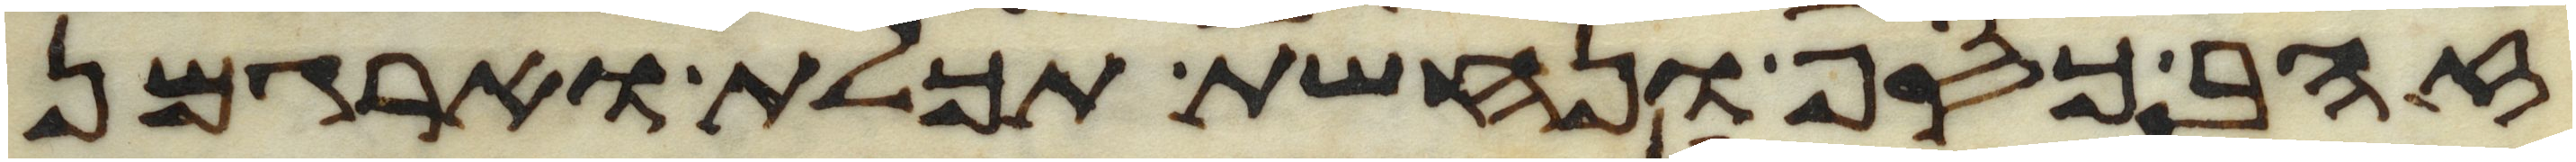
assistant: זהב כסף ונחשת תכלת וארגמן